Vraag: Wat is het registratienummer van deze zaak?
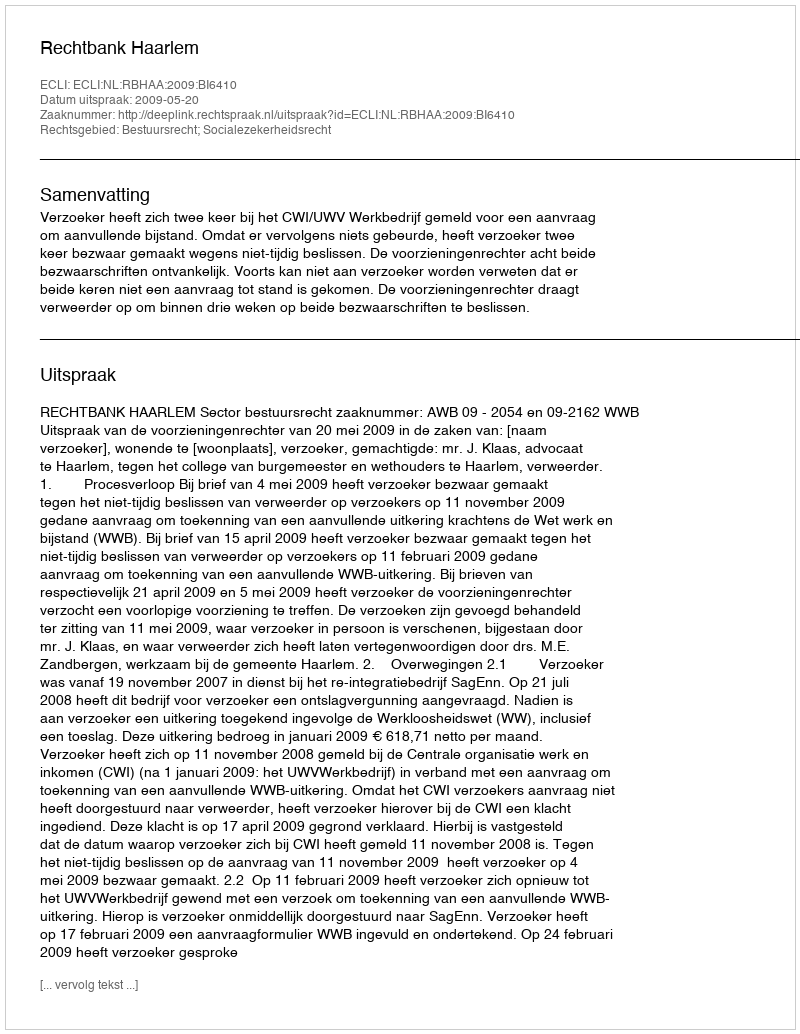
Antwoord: http://deeplink.rechtspraak.nl/uitspraak?id=ECLI:NL:RBHAA:2009:BI6410